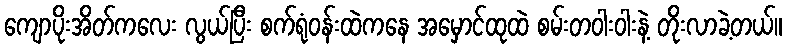
ကျောပိုးအိတ်ကလေး လွယ်ပြီး စက်ရုံဝန်းထဲကနေ အမှောင်ထုထဲ စမ်းတဝါးဝါးနဲ့ တိုးလာခဲ့တယ်။